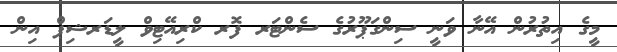
މީގެ އިތުރުން އޭނާ ވަނީ ސިންގަޕޫރުގެ ސެންޓަރ ފޮރ ކްރިއޭޓިވް ލީޑަރޝިޕް އިން